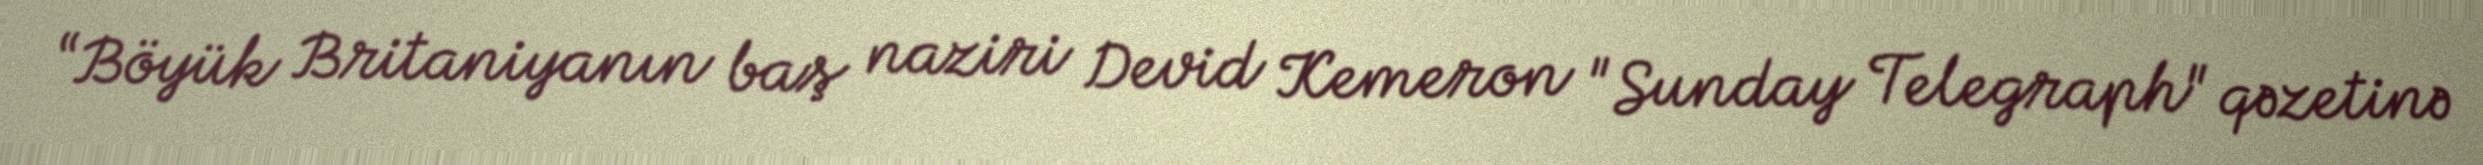
“Böyük Britaniyanın baş naziri Devid Kemeron "Sunday Telegraph" qəzetinə